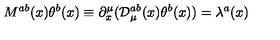
M ^ { a b } ( x ) \theta ^ { b } ( x ) \equiv \partial _ { x } ^ { \mu } ( { \cal D } _ { \mu } ^ { a b } ( x ) \theta ^ { b } ( x ) ) = \lambda ^ { a } ( x )